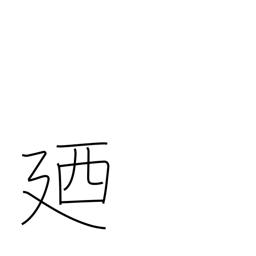
Meaning: in other words